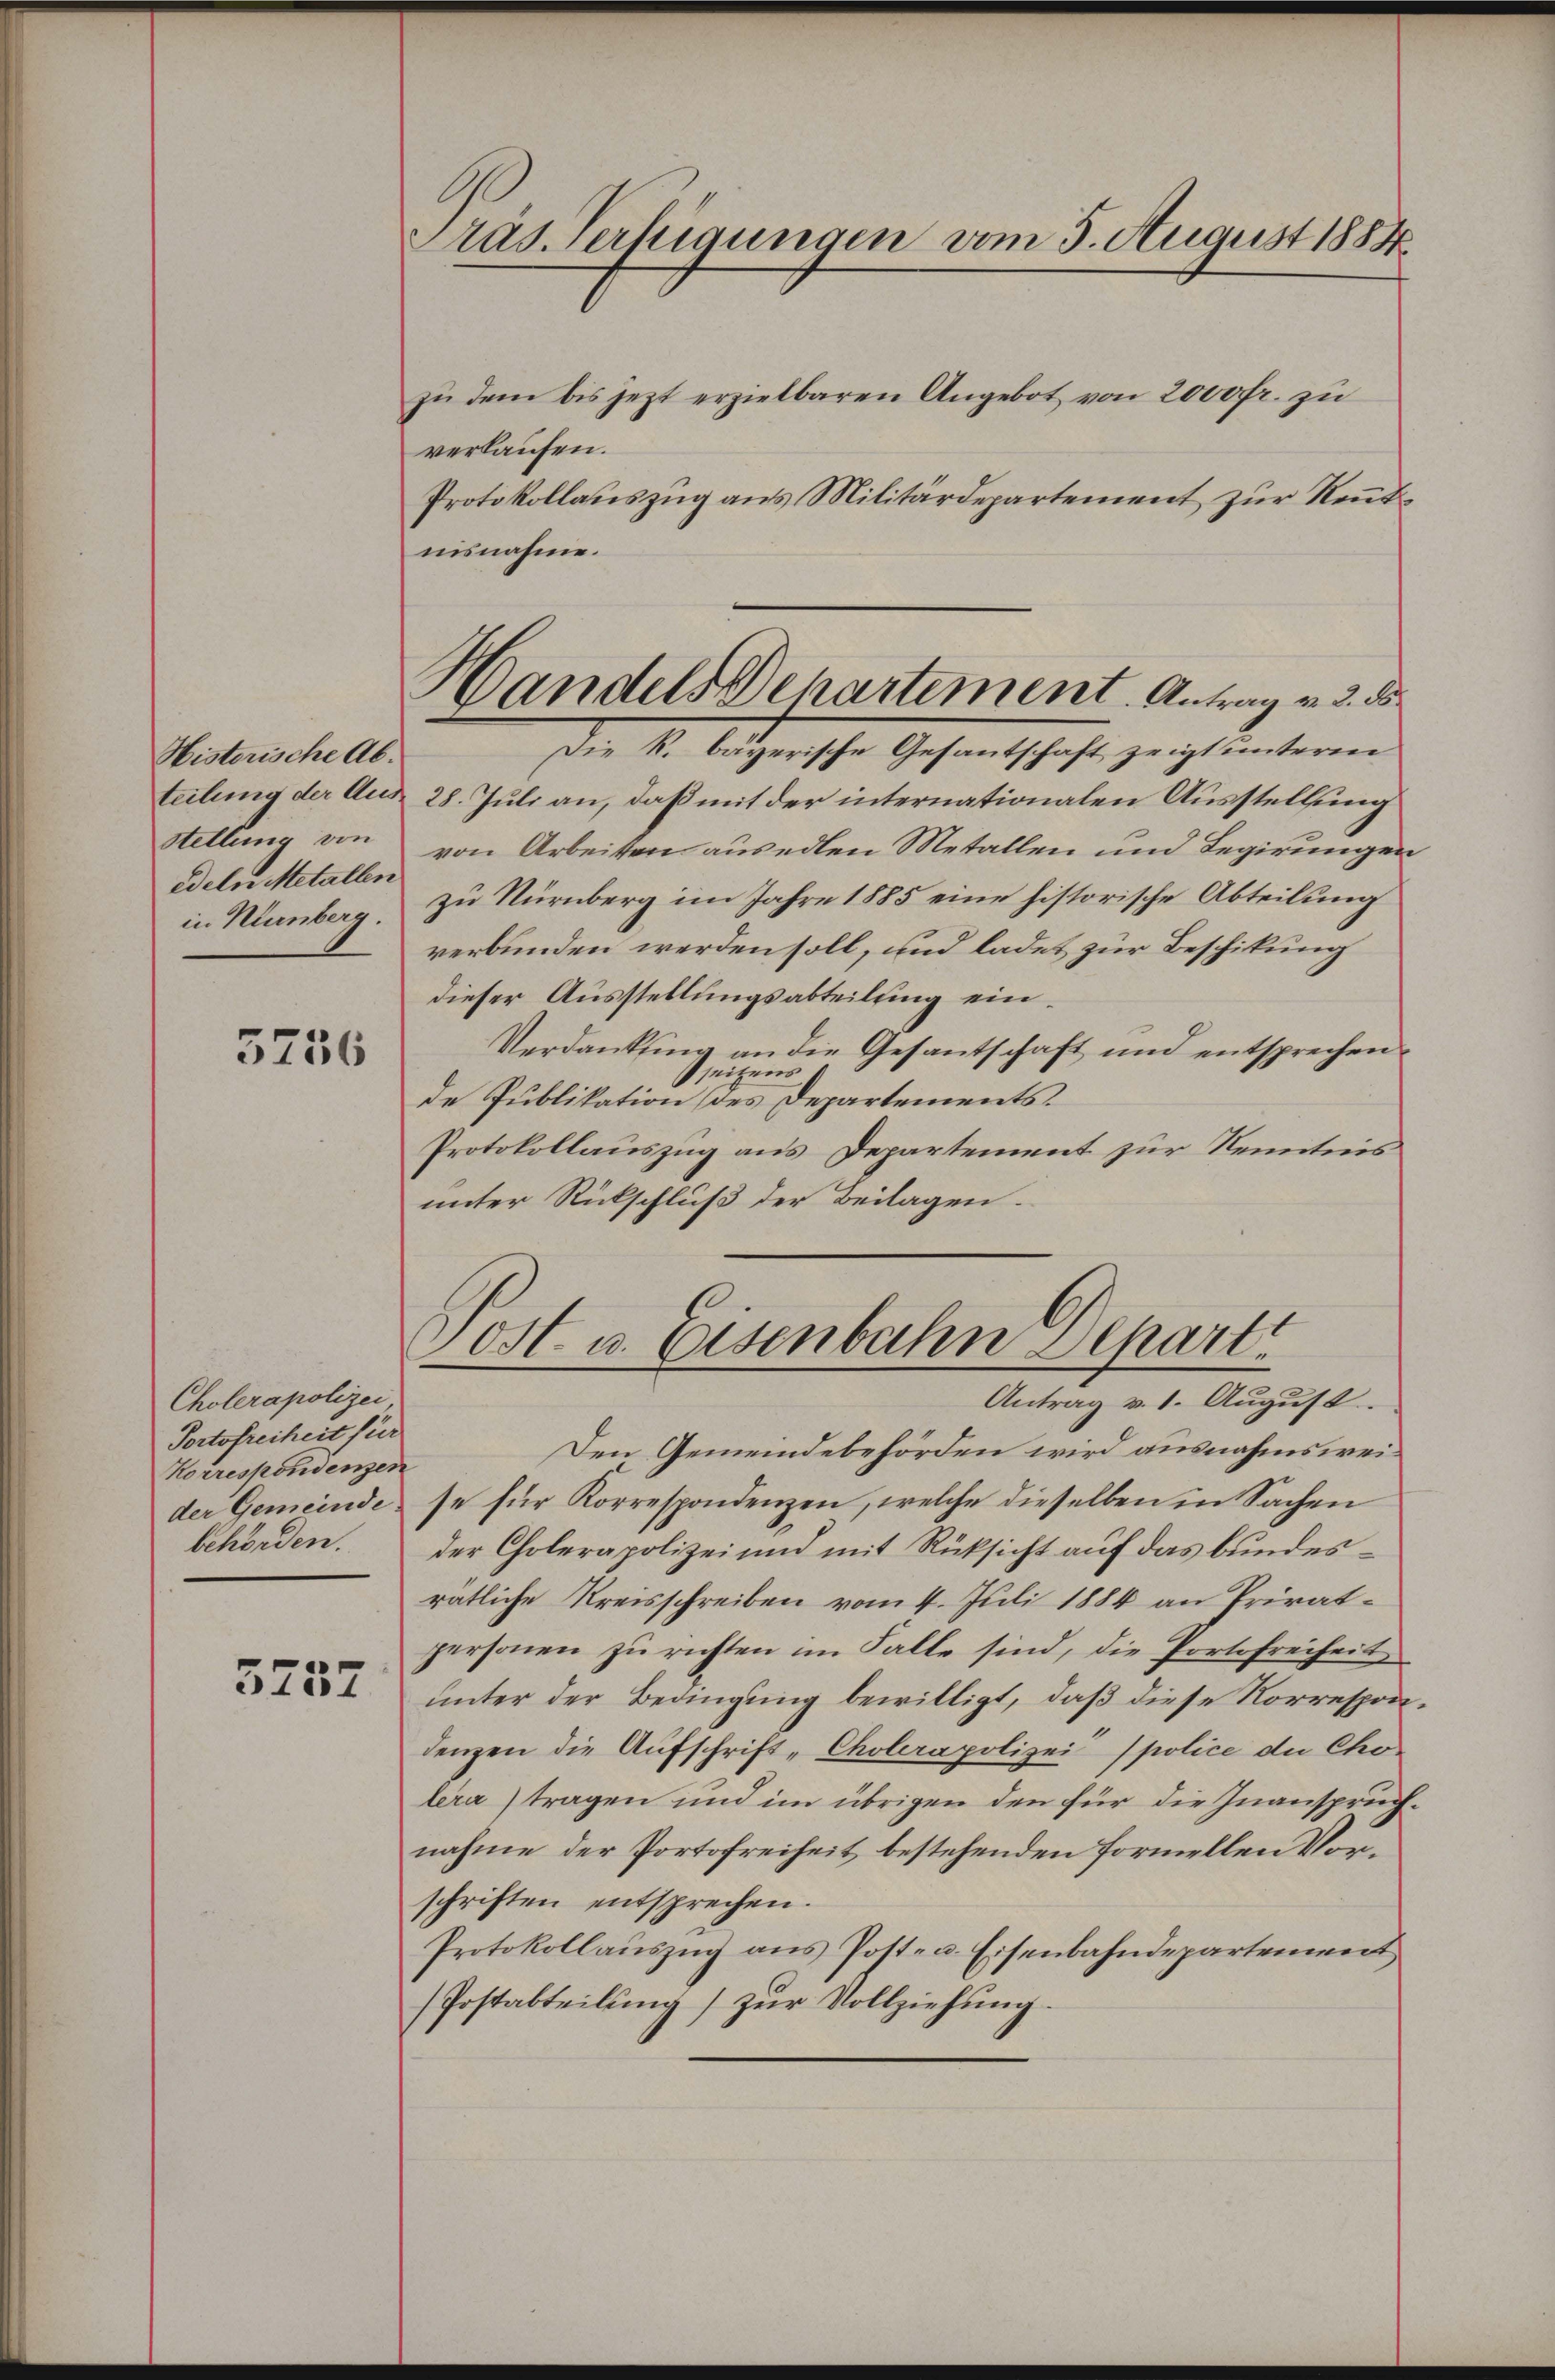
Historische Ab¬
Stellung von
edeln Metallen
in Nürnberg.

3756

Cholerapolizei
Portofreiheit für
Korrespondenzen
behörden.

5237

Präs. Verfügungen vom 5. August 1884.

Handels Departement. Antrag v. 3. d
Die R. bayerische Gesantschaft zeigt unterm

zŭ dem bis jezt erzielbaren Angebot von 2000fr. zu
verlaufen.
Protokollauszug aus Militärdepartement zur Reutnisnahme.
teilung der And. 28. Juli an, daß mit der internationalen Ausstellung
von Arbeiten ausedlen Metallen und Regierungen
zu Nürnberg im Jahre 1885 eine historische Abteilung
verbunden werden soll, und ladet zur Beschikung
dieser Ausstellungsabteilung ein¬
Verdankung an die Gesantschaft und entsprechen
seitens
de Publikation (des Departements.
Protokollauszug aus Departement zur Kenntnis
unter Rückschluß der Beilagen.

Post u. Eisenbahn Separt
Antrag v. 1. August

Den Gemeindebehörden wird ausnahmsweider Gemeinde se für Korrespondenzen, welche dieselben in Sachen
der Cholerapolizei und mit Rücksicht auf das bundesrätliche Kreisschreiben vom 4. Juli 1884 an Privatpersonen zu richten im Falle sind, die Portofreiheit
unter der Bedingung bewilligt, daß diese Korrespondenzen die Aufschrift-Cholerapolizei (police die Cholera tragen und im übrigen den für die Inanspruchnahme der Portofreiheit bestehenden formellen Vorschriften entsprechen.
Protokollauszug aus Post- u. Eisenbahndepartement
(Postabteilung) zur Vollziehung.